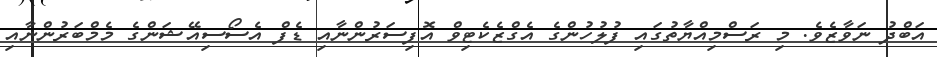
އަބްދު ނަވާޒެވެ. މި ރަސްމިއްޔާތުގައި ފުލުހުންގެ އެގްޒެކެޓިވް އޮފިސަރުންނާއި ޑެފް އެސޯސިއޭޝަންގެ މެމްބަރުންނާއި